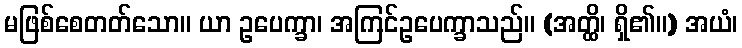
မဖြစ်စေတတ်သော။ ယာ ဥပေက္ခာ၊ အကြင်ဥပေက္ခာသည်။ (အတ္ထိ၊ ရှိ၏။) အယံ၊